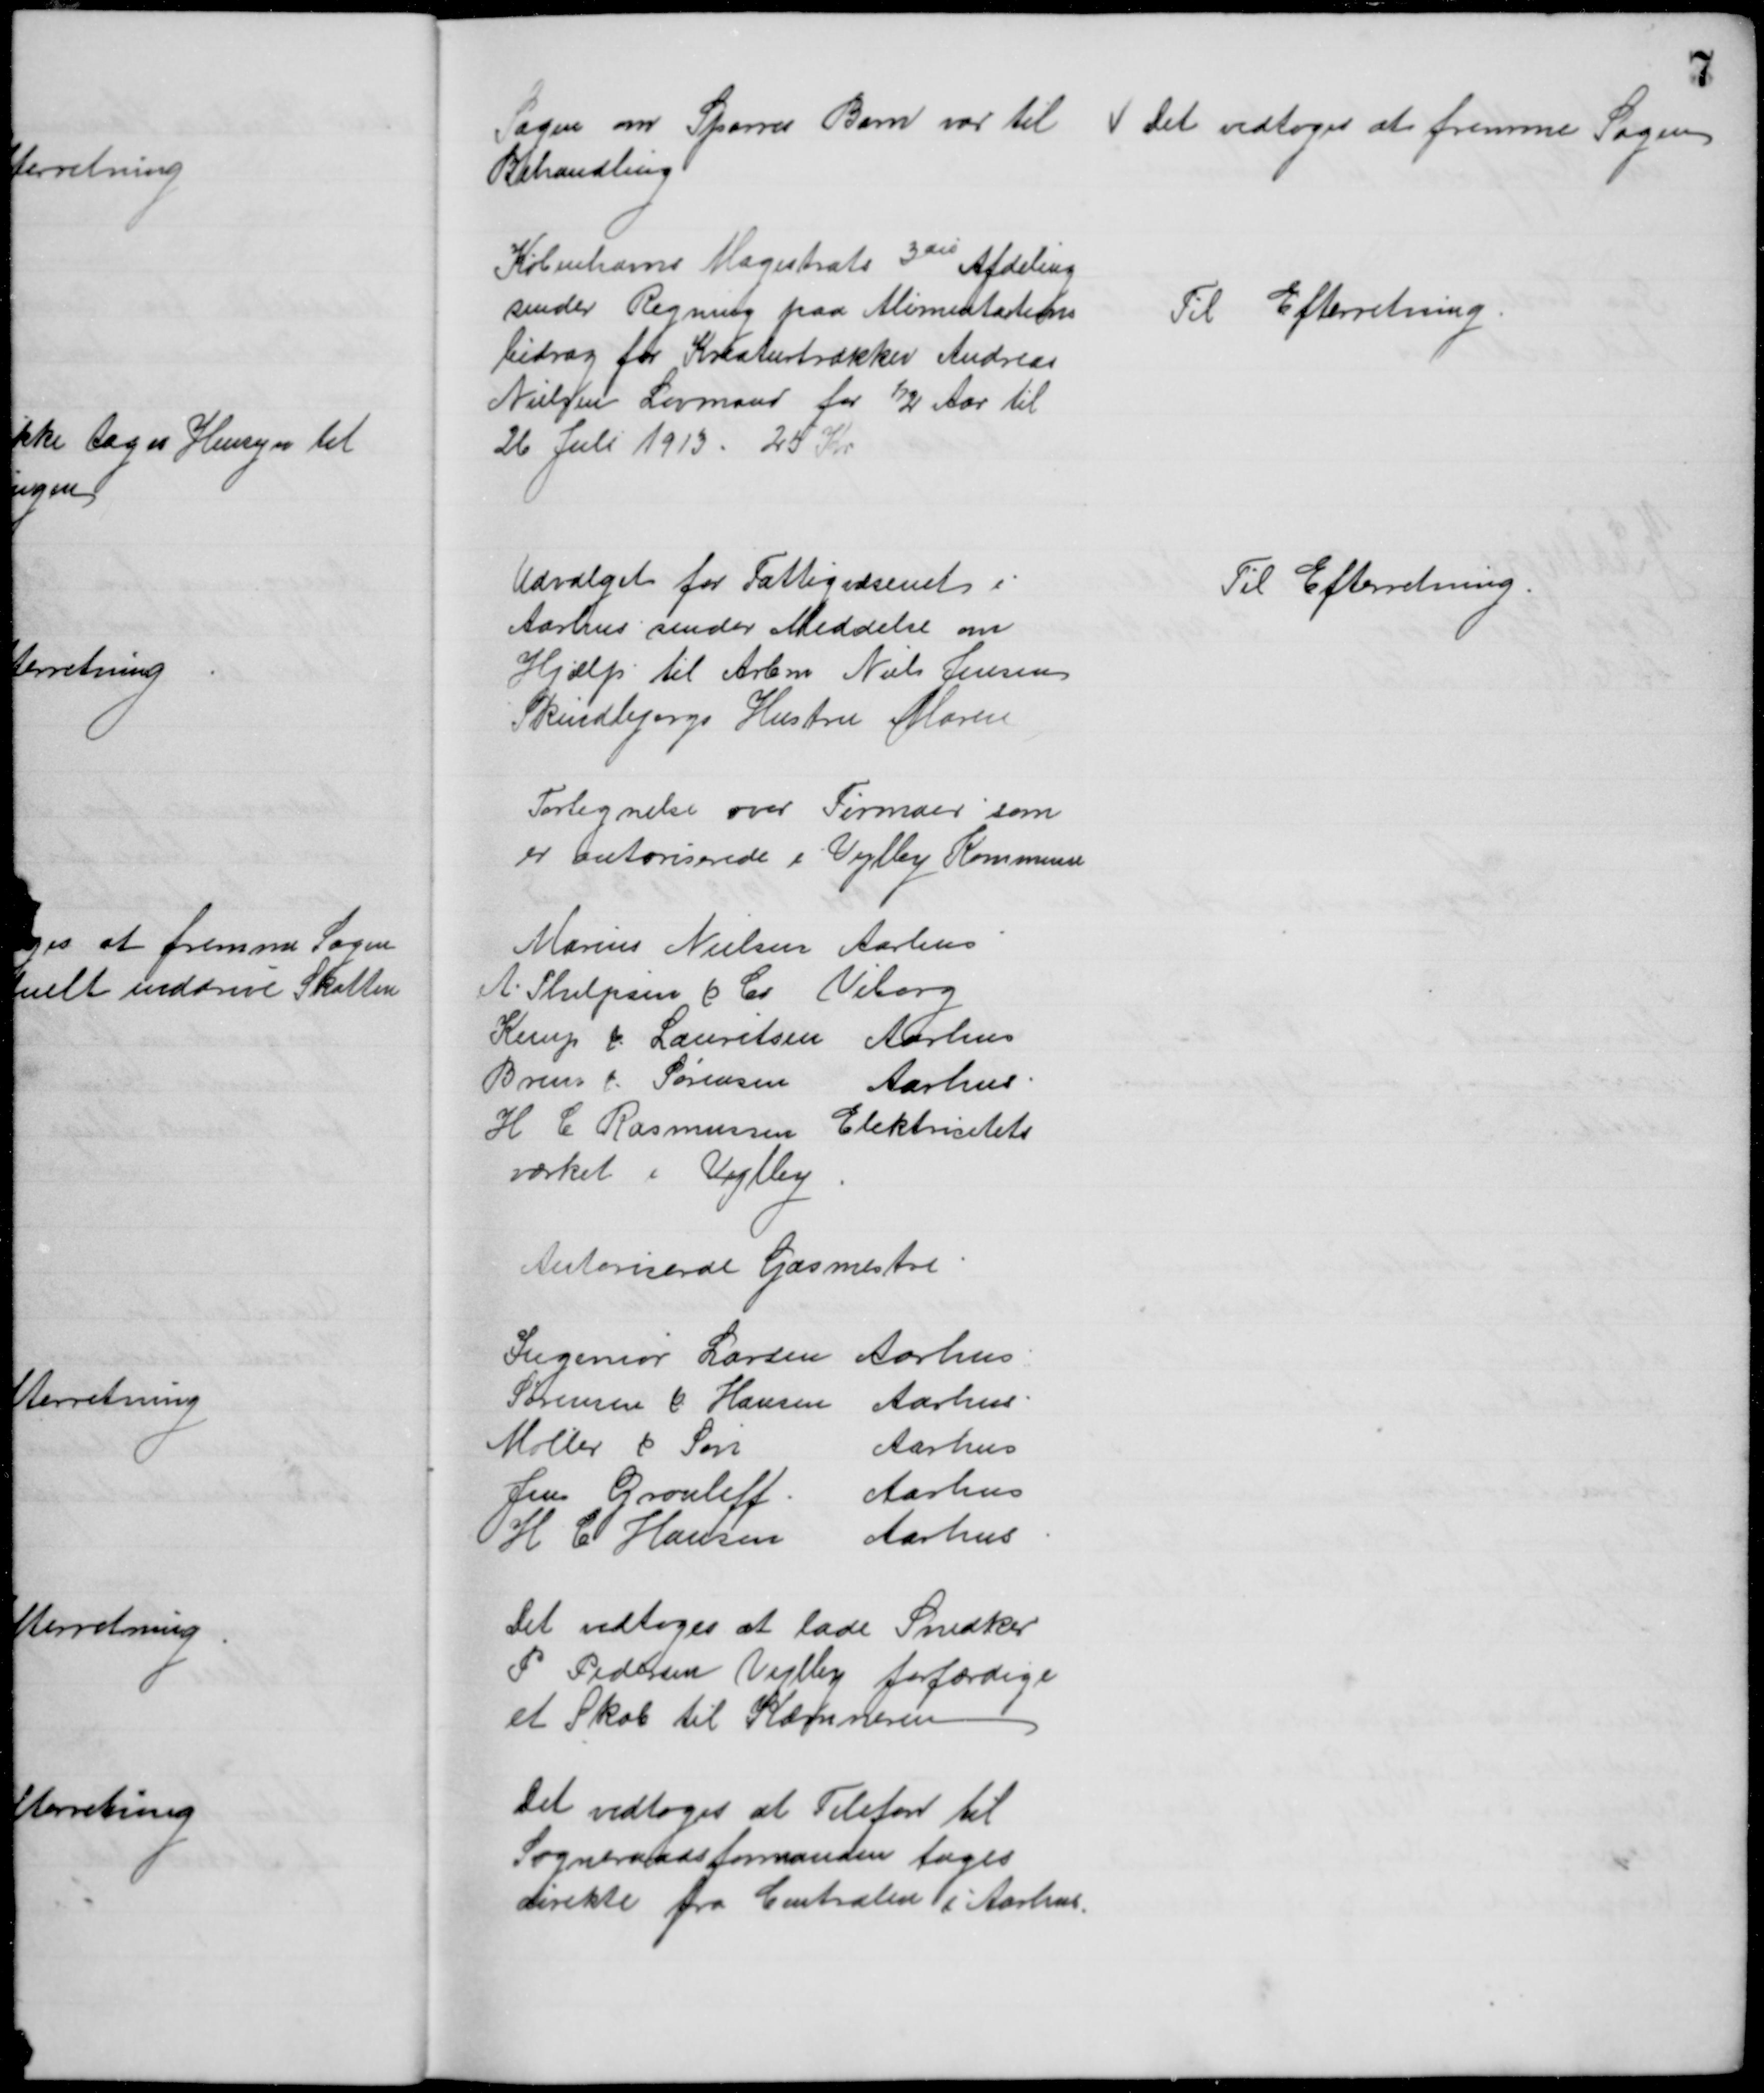
Transskription:
Sagen om Sparres Barn var til 
Behandling
Det vedtoges at fremme Sagen
Københavns Magistrats 3die Afdeling
sender Regning paa Alimentations
bidrag for Kreaturtrækker Andreas
Nielsen Lovmand for ½ Aar til
26 Juli 1913. 25 Kr
Til Efterretning
Udvalget for Fattigvæsenet i
Aarhus sender Meddelse om
Hjælp til Arbm. Niels Jensen
Skindbjergs Hustru Maren
Til Efterretning
Fortegnelse over Firmaer som
er autoriserede i Vejlby Kommune
Marius Nielsen Aarhus
A. Philipsen & Co Viborg
Kemp & Lauritsen Aarhus
Bruun & Sørensen Aarhus.
H. C. Rasmussen Elektricitets
værket i Vejlby
Autoriserede Gasmestre
Ingeniør Larsen Aarhus
Sørensen & Hansen Aarhus.
Møller & Søn
Aarhus
Jens Grouleff. Aarhus
H C Hansen Aarhus
Det vedtoges at lade Snedker
P. Pedersen Vejlby forfærdige
et Skab til Kæmneren
Det vedtoges at Telefon til
Sogneraadsformanden tages
direkte fra Centralen i Aarhus.